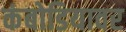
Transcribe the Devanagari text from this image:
कंबोडियावर